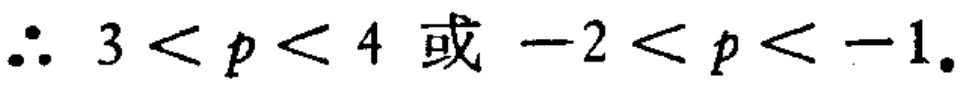
\(\therefore 3 < p < 4 \text{ 或 } -2 < p < -1.\)